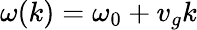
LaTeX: \omega(k)=\omega_{0}+v_{g}k